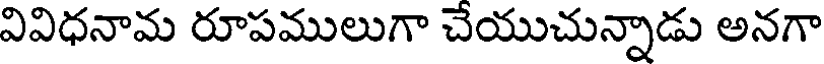
వివిధనామ రూపములుగా చేయుచున్నాడు అనగా